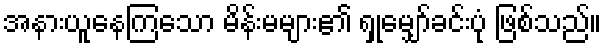
အနားယူနေကြသော မိန်းမများ၏ ရှုမျှော်ခင်းပုံ ဖြစ်သည်။